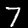
Digit: 7